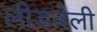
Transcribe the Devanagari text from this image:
लीडबेली